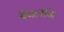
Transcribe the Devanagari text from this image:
वॆबलॉग